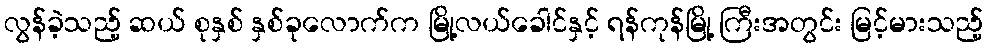
လွန်ခဲ့သည့် ဆယ် စုနှစ် နှစ်ခုလောက်က မြို့လယ်ခေါင်နှင့် ရန်ကုန်မြို့ ကြီးအတွင်း မြင့်မားသည့်